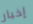
إخبار